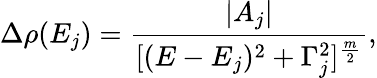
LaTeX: \Delta\rho(E_{j})=\frac{|A_{j}|}{[(E-E{_j})^{2}+\Gamma_{j}^{2}]^{\frac{m}{2}}},